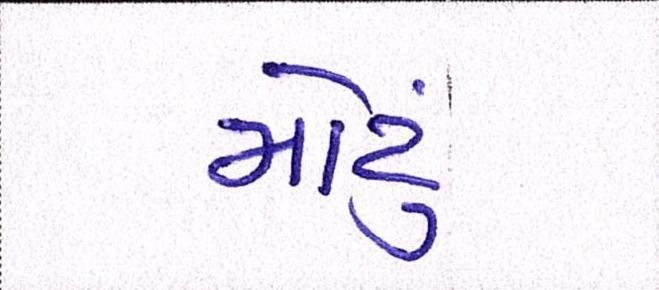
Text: મોટું